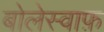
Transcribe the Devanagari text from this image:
बोलेस्वाफ़